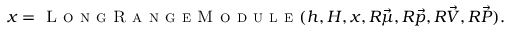
x = \textsc { L o n g R a n g e M o d u l e } ( h , H , x , R \vec { \mu } , R \vec { p } , R \vec { V } , R \vec { P } ) .